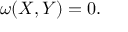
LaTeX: \omega ( X , Y ) = 0 .